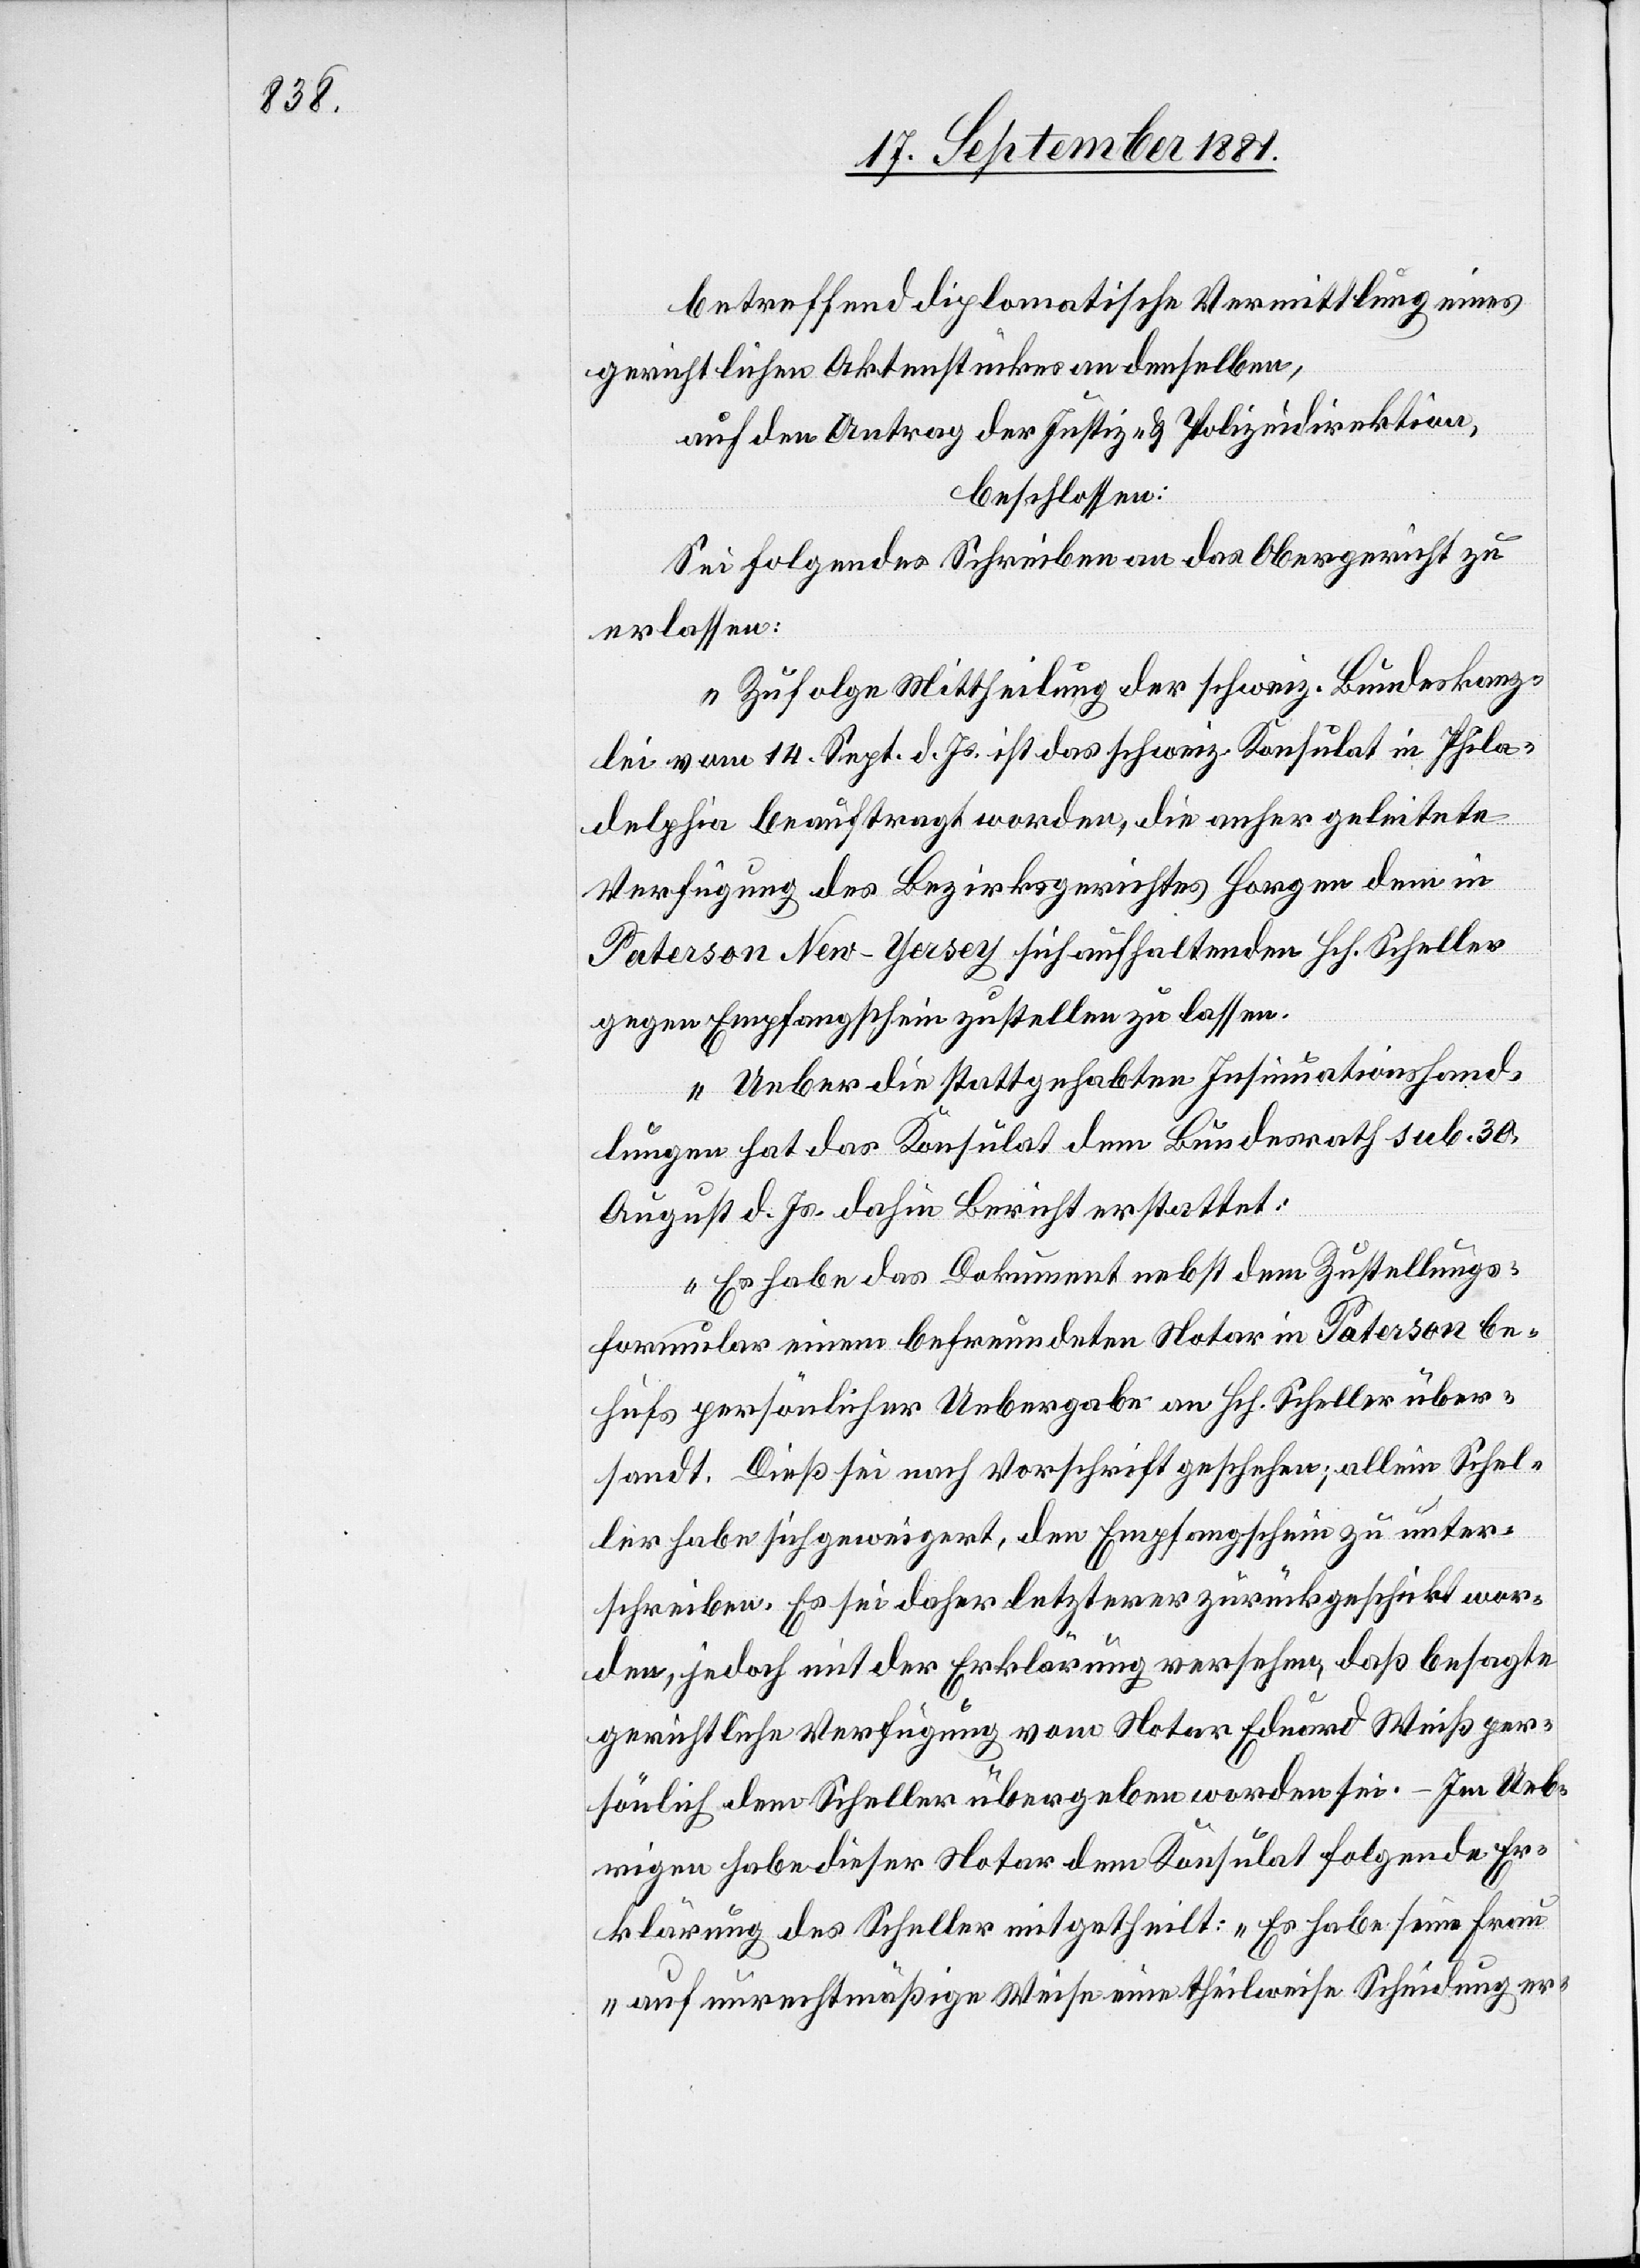
betreffend diplomatische Vermittlung eines
gerichtlichen Aktenstückes an denselben,
auf den Antrag der Justiz- & Polizeidirektion,
beschlossen:
Sei folgendes Schreiben an das Obergericht zu
erlassen:
„Zufolge Mittheilung der schweiz. Bundeskanz¬
lei vom 14. Sept. d. Js. ist das schweiz. Konsulat in Phila¬
delphia beauftragt worden, die anher geleitete
Verfügung des Bezirksgerichtes Horgen dem in
Paterson New-Yersey sich aufhaltenden Hch. Scheller
gegen Empfangschein zustellen zu lassen.
Ueber die stattgehabten Insinuationshand¬
lungen hat das Konsulat dem Bundesrath sub. 30.
August d. Js. dahin Bericht erstattet:
Es habe das Dokument nebst dem Zustellungs¬
formular einem befreundeten Notar in Paterson be¬
hufs persönlicher Uebergabe an Hch. Scheller über¬
sandt. Dieß sei nach Vorschrift geschehen; allein Schel¬
ler habe sich geweigert, den Empfangschein zu unter¬
schreiben. Es sei daher letzterer zurückgeschickt wor¬
den, jedoch mit der Erklärung versehen, daß besagte
gerichtliche Verfügung vom Notar Eduard Weiß per¬
sönlich dem Scheller übergeben worden sei. – Im Ueb¬
rigen habe dieser Notar dem Konsulat folgende Er¬
klärung des Scheller mitgetheilt: „Es habe seine Frau
auf unrechtmäßige Weise eine theilweise Scheidung er-